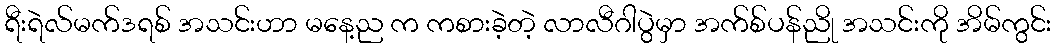
ရီးရဲလ်မက်ဒရစ် အသင်းဟာ မနေ့ည က ကစားခဲ့တဲ့ လာလီဂါပွဲမှာ အက်စ်ပန်ညို အသင်းကို အိမ်ကွင်း